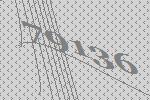
79136